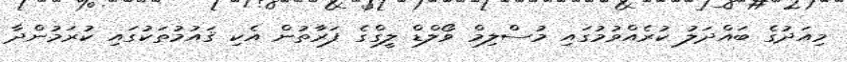
މިއަދުގެ ބައްދަލު ކުރެއްވުމުގައި މުސްލިމް ވޯލްޑް ލީގްގެ ފަރާތުން އެކި ޤައުމުތަކުގައި ކުރަމުންދާ